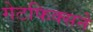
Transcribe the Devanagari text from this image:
गेटफिक्सने